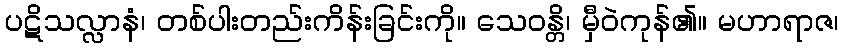
ပဋိသလ္လာနံ၊ တစ်ပါးတည်းကိန်းခြင်းကို။ သေဝန္တိ၊ မှီဝဲကုန်၏။ မဟာရာဇ၊